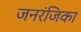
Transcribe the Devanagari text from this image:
जनरंजिका